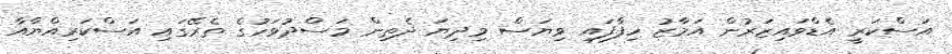
އަސްކަރީ އެޑްވައިޒަރުން އަމާޒު ހިފާފައި ވިޔަސް މިދިޔަ ދެތިން މަސްދުވަހުގެ ތެރޭގައި އަސްކަރިއްޔާއާ